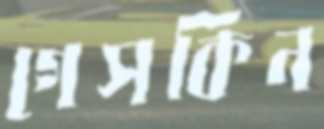
গেসকিন